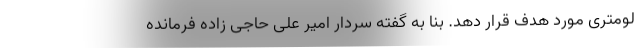
لومتری مورد هدف قرار دهد. بنا به گفته سردار امیر علی حاجی زاده فرمانده